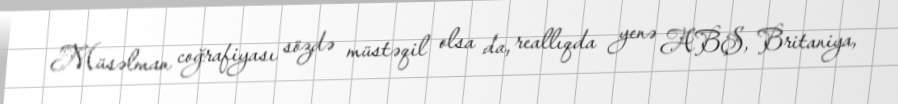
Müsəlman coğrafiyası sözdə müstəqil olsa da, reallıqda yenə ABŞ, Britaniya,